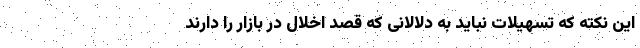
این نکته که تسهیلات نباید به دلالانی که قصد اخلال در بازار را دارند